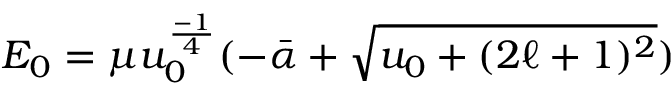
E _ { 0 } = \mu u _ { 0 } ^ { \frac { - 1 } { 4 } } ( - \bar { \alpha } + \sqrt { u _ { 0 } + ( 2 \ell + 1 ) ^ { 2 } } )